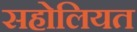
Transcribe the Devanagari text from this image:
सहोलियत